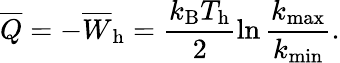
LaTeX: \overline{{Q}}=-\overline{{W}}_{\mathrm{h}}=\frac{k_{\mathrm{B}}T_{\mathrm{h}}}{2}\ln\frac{k_{\mathrm{max}}}{k_{\mathrm{min}}}.